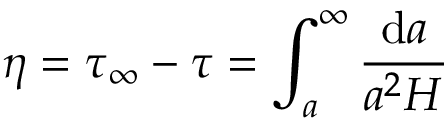
\eta = \tau _ { \infty } - \tau = \int _ { a } ^ { \infty } \frac { \mathrm { d } a } { a ^ { 2 } H }